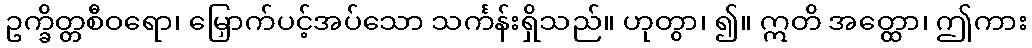
ဥက္ခိတ္တစီဝရော၊ မြှောက်ပင့်အပ်သော သင်္ကန်းရှိသည်။ ဟုတွာ၊ ၍။ ဣတိ အတ္ထော၊ ဤကား